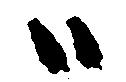
ハ